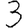
Digit: 3